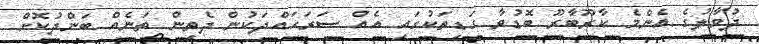
ދުވާލުގެ އެންމެ ކާރޫބާރޫ ބޮޑުވާ ގަޑިތަކުގައި އެއް ސަރަހައްދަކުން ދެތިން ތަނެއް ބަންދުކޮށް